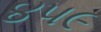
૪૫૯